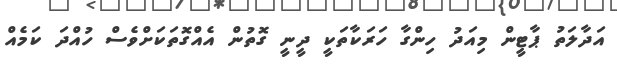
އަދާލަތު ޕާޓީން މިއަދު ހިންގާ ހަރަކާތަކީ ދީނީ ގޮތުން އެއްގޮތަކަށްވެސް ހުއްދަ ކަމެއް